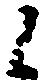
候